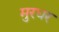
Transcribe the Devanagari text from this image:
मुरधर